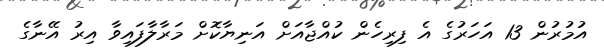
އުމުރުން 13 އަހަރުގެ އެ ފިރިހެން ކުއްޖާއަށް އަނިޔާކޮށް މަރާލާފައިވާ އިރު އޭނާގެ